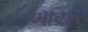
આયર